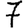
Digit: 7